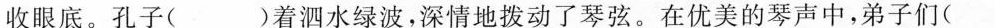
收眼底。孔子()着泗水绿波，深情地拨动了琴弦。在优美的琴声中，弟子们(